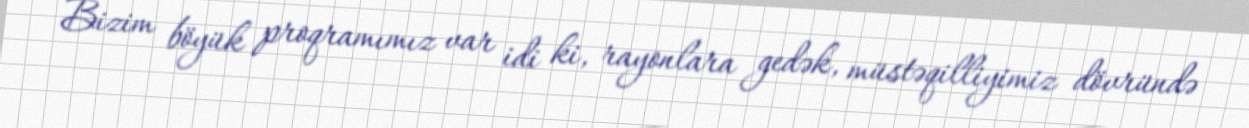
Bizim böyük proqramımız var idi ki, rayonlara gedək, müstəqilliyimiz dövründə